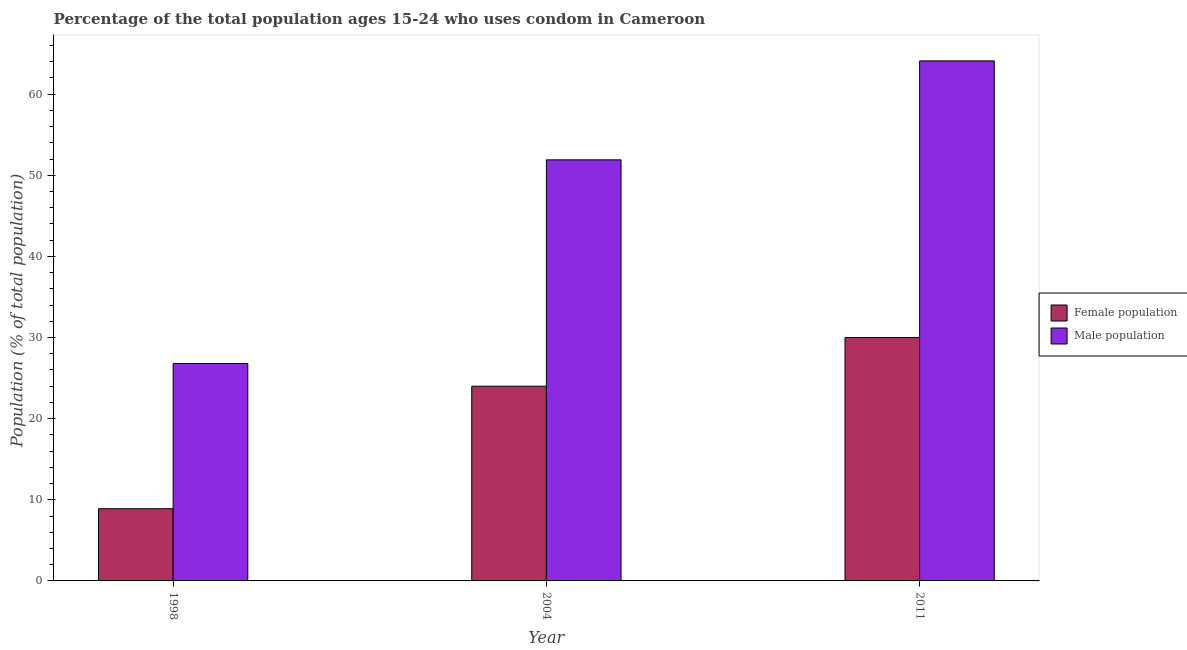
| Year | Female population | Male population |
 | --- | --- | --- |
 | 1998 | 8.9 | 26.8 |
 | 2004 | 24 | 51.9 |
 | 2011 | 30 | 64.1 |